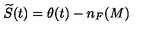
\widetilde { S } ( t ) = \theta ( t ) - n _ { F } ( M )